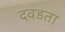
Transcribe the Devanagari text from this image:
दवडता